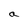
Character: a